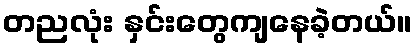
တညလုံး နှင်းတွေကျနေခဲ့တယ်။